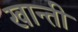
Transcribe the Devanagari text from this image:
खान्ती